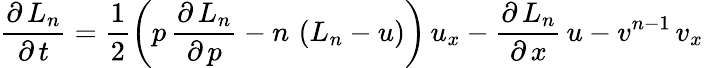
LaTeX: \frac{\partial\, L_{n}}{\partial\, t}=\frac{1}{2}\left(p\, \frac{\partial\, L_{n}}{\partial\, p}-n\, \left(L_{n}-u\right)\right)\, u_{x}-\frac{\partial\, L_{n}}{\partial\, x}\, u-v^{n-1}\, v_{x}